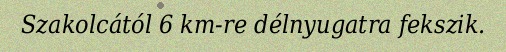
Szakolcától 6 km-re délnyugatra fekszik.